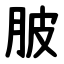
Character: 䏢